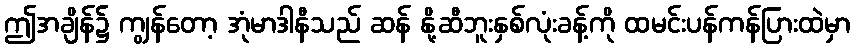
ဤအချိန်၌ ကျွန်တော့ အုံမာဒါနီသည် ဆန် နို့ဆီဘူးနှစ်လုံးခန့်ကို ထမင်းပန်ကန်ပြားထဲမှာ